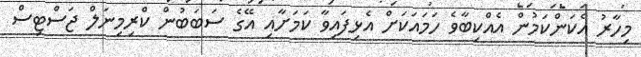
މިހާރު އެކަންކަމުން އެއްކިބާވެ ހަމައަކަށް އެޅިފައިވާ ކަމަށާއި އޭގެ ސަބަބުން ކްރިމިނަލް ޖަސްޓިސް